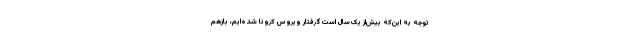
توجه به این‌که بیش‌از یک‌سال است گرفتار ویروس کرونا شده‌ایم، بازهم